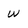
Character: w